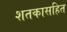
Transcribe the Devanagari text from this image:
शतकासहित